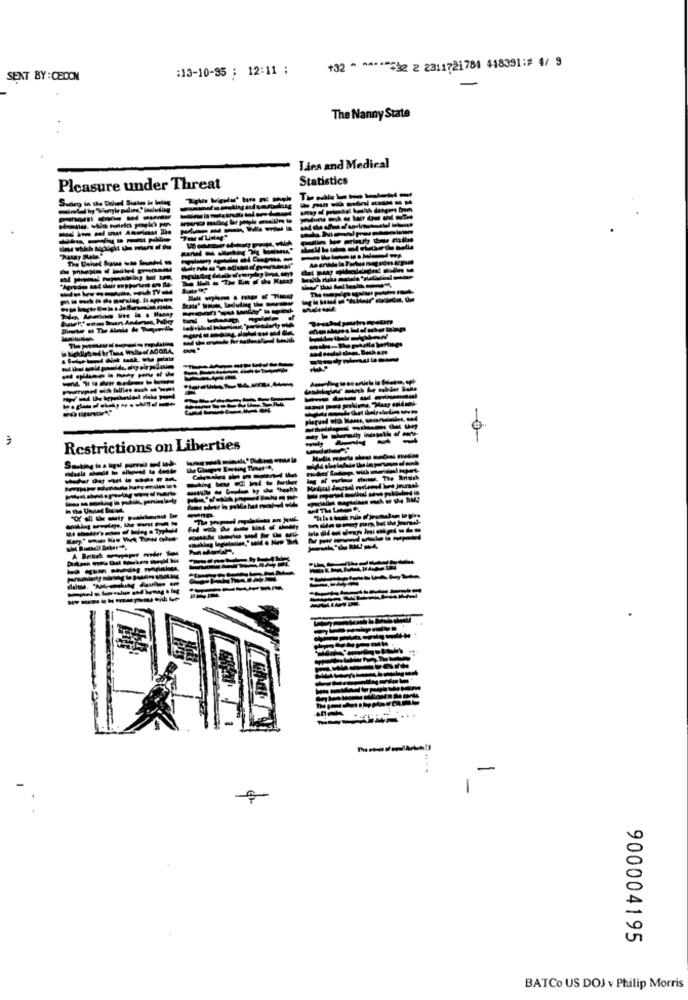
+32 ^ ^ ****** 2 2 2311721784 418391:# 4/ 9
:13-10-95 ; 12:11 ;
SENT BY : CEDON
The Nanny State
Ties and Medical
Statistics
Pleasure under Threat
isdeg in the De
-----
0-
Restrictions on Liberties
----
------
-
900004195
BATCo US DOJ v Philip Morris